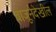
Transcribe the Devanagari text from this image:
बाजूनेदेखील